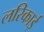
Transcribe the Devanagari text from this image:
लरिकाई